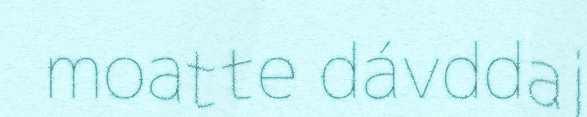
moatte dávddaj